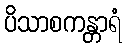
ပိသာစကန္တာရံ